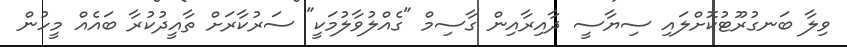
ވިލާ ބަނގުރޫޓުކޮށްލައި ސިޔާސީ ދާއިރާއިން ގާސިމް "ގެއްލުވާލުމަކީ" ސަރުކާރަށް ތާއީދުކުރާ ބައެއް މީހުން